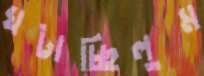
ঘটাচ্ছিলুম